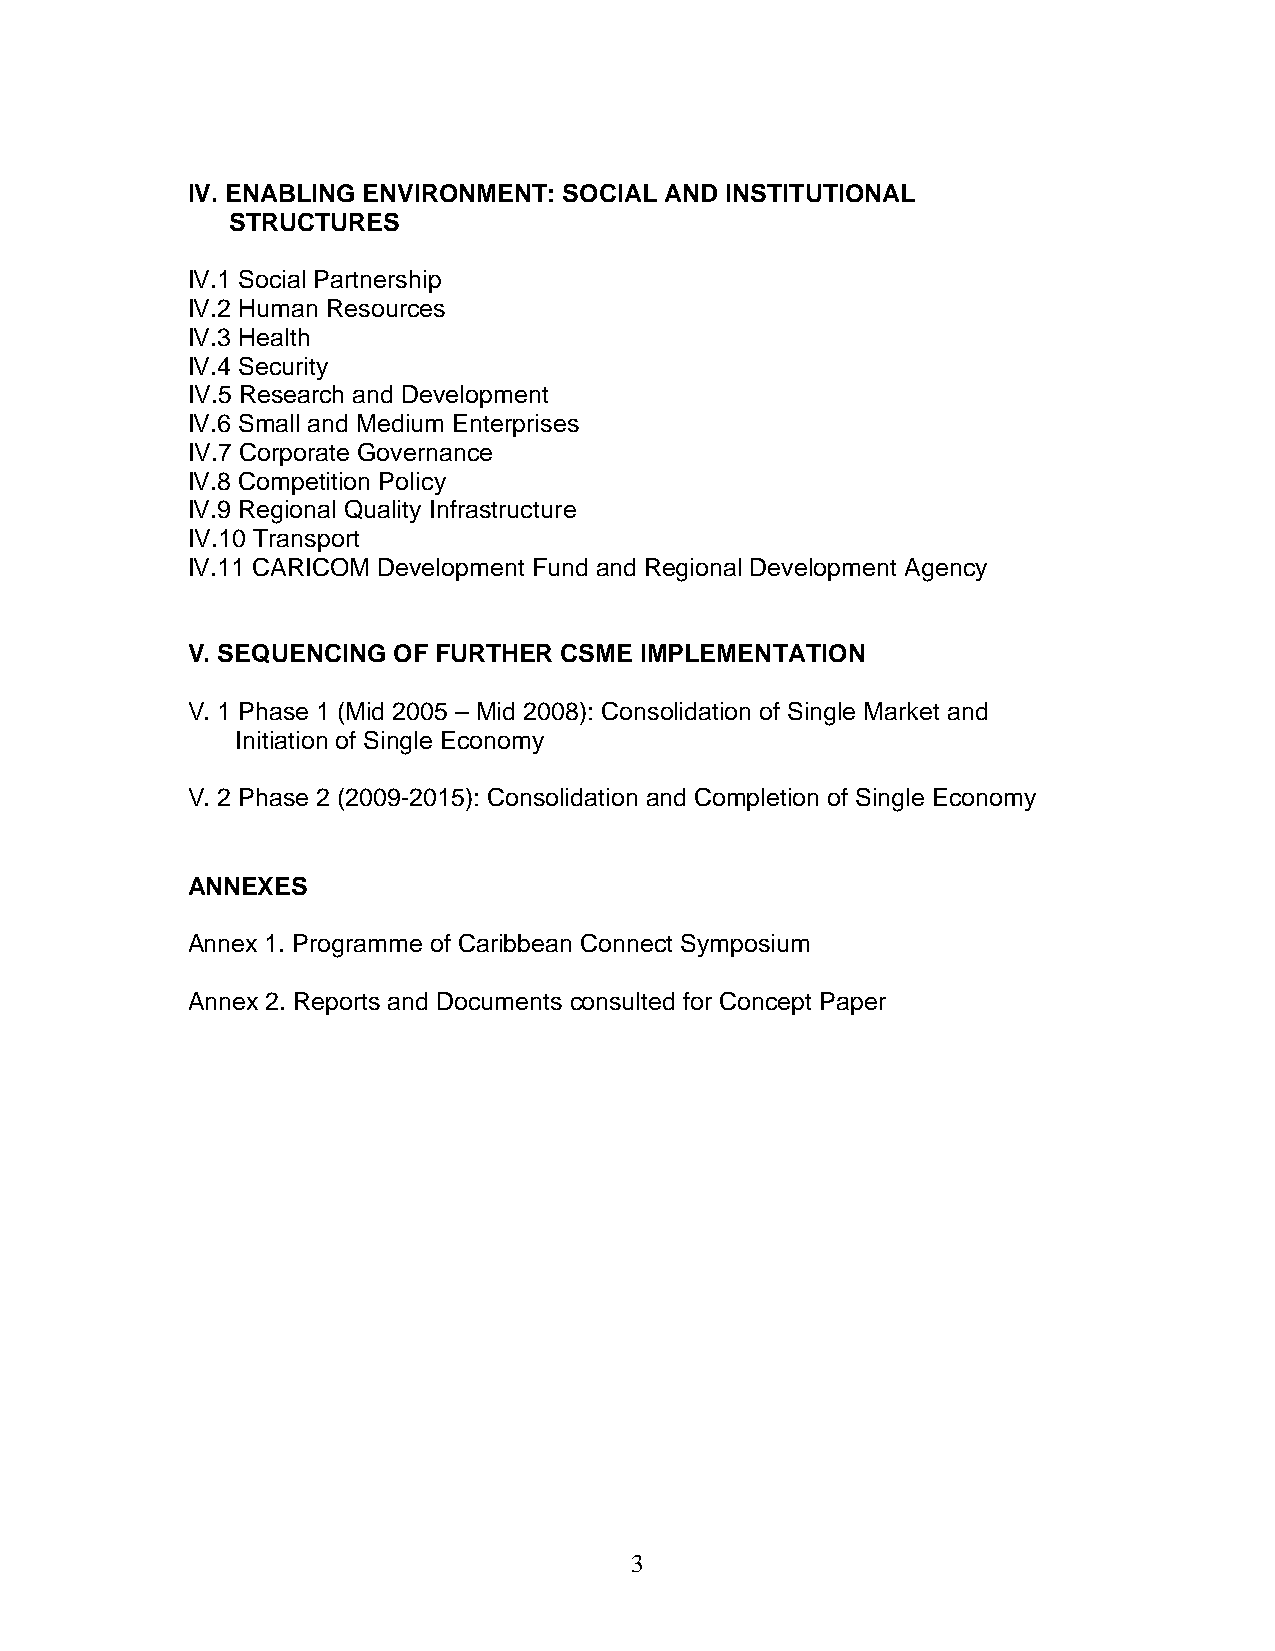
IV. ENABLING ENVIRONMENT: SOCIAL AND INSTITUTIONAL
 STRUCTURES
 IV.1 Social Partnership
 IV.2 Human Resources
 IV.3 Health
 IV.4 Security
 IV.5 Research and Development
 IV.6 Small and Medium Enterprises
 IV.7 Corporate Governance
 IV.8 Competition Policy
 IV.9 Regional Quality Infrastructure
 IV.10 Transport
 IV.11 CARICOM Development Fund and Regional Development Agency
 V. SEQUENCING OF FURTHER CSME IMPLEMENTATION
 V. 1 Phase 1 (Mid 2005 – Mid 2008): Consolidation of Single Market and
 Initiation of Single Economy
 V. 2 Phase 2 (2009-2015): Consolidation and Completion of Single Economy
 ANNEXES
 Annex 1. Programme of Caribbean Connect Symposium
 Annex 2. Reports and Documents consulted for Concept Paper
 3